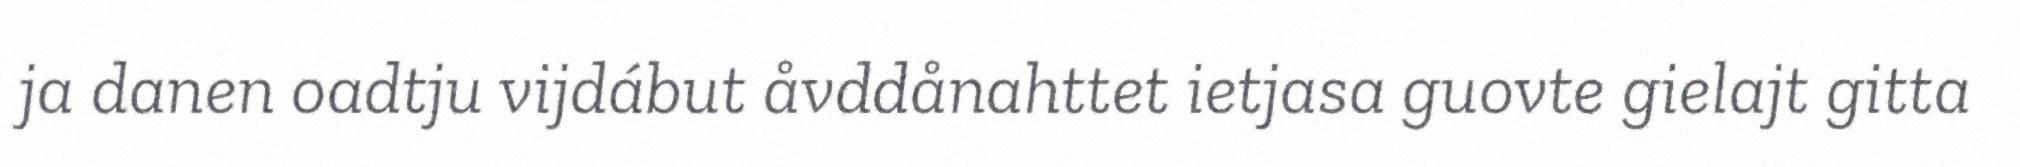
ja danen oadtju vijdábut åvddånahttet ietjasa guovte gielajt gitta